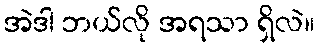
အဲဒါ ဘယ်လို အရသာ ရှိလဲ။